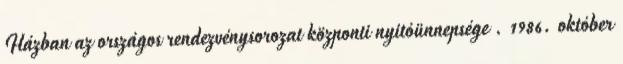
Házban az országos rendezvénysorozat központi nyitóünnepsége . 1986. október